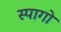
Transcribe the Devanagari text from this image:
स्पागो